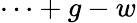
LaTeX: \cdots+g-w